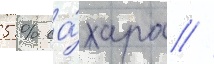
5 % са́хара //